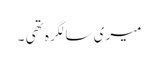
میری سالگرہ تھی ۔